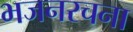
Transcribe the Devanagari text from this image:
भजनरचना